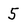
Character: 5